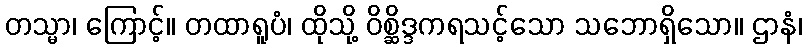
တသ္မာ၊ ကြောင့်။ တထာရူပံ၊ ထိုသို့ ဝိစ္ဆိဒ္ဒကရသင့်သော သဘောရှိသော။ ဌာနံ၊